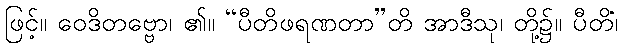
ဖြင့်။ ဝေဒိတဗ္ဗော၊ ၏။ “ပီတိဖရဏတာ”တိ အာဒီသု၊ တို့၌။ ပီတိံ၊